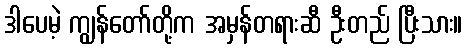
ဒါပေမဲ့ ကျွန်တော်တို့က အမှန်တရားဆီ ဦးတည် ပြီးသား။